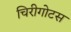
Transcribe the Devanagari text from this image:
चिरीगोटस